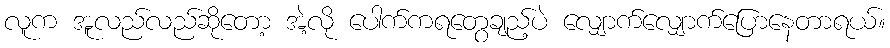
လူက အူလည်လည်ဆိုတော့ အဲ့လို ပေါက်ကရတွေချည့်ပဲ လျှောက်လျှောက်ပြောနေတာရယ်။